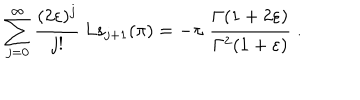
LaTeX: \sum _ { j = 0 } ^ { \infty } \frac { ( 2 \varepsilon ) ^ { j } } { j ! } \; \mathrm { L s } _ { j + 1 } ( \pi ) = - \pi \; \frac { \Gamma ( 1 + 2 \varepsilon ) } { \Gamma ^ { 2 } ( 1 + \varepsilon ) } \; .